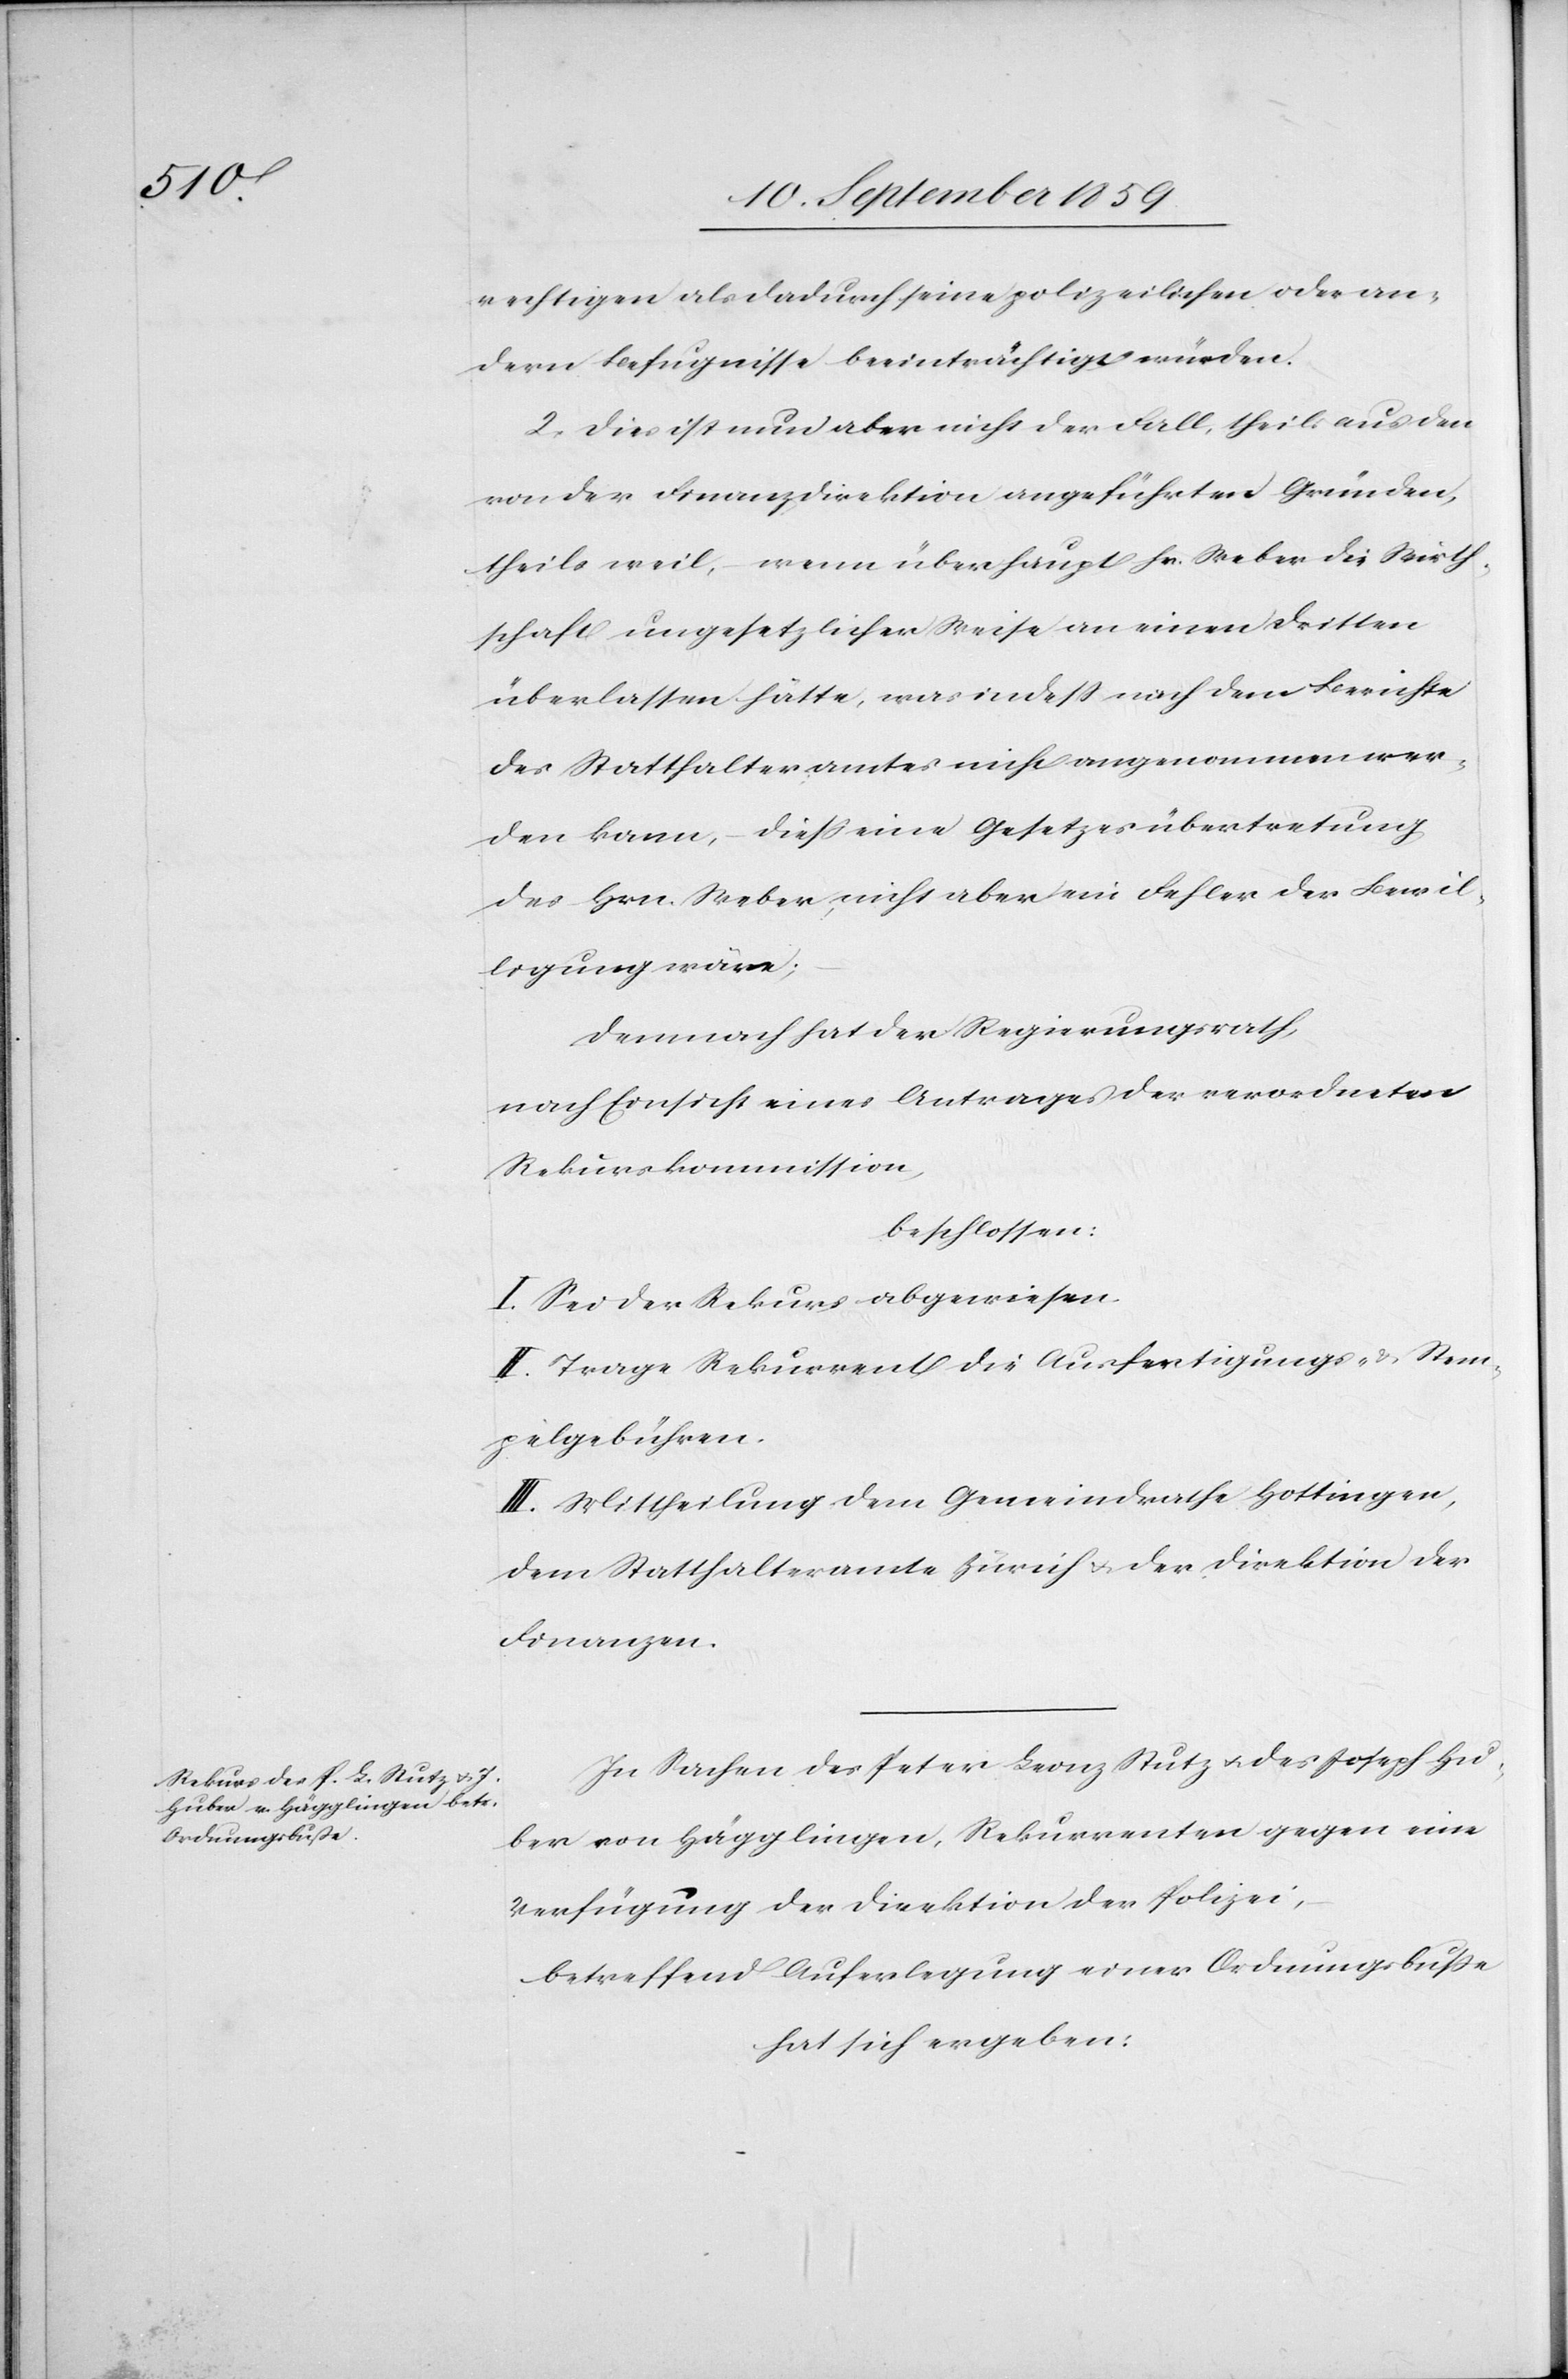
rechtigen als dadurch seine polizeilichen oder an¬
dern Befugnisse beeinträchtigt würden.
2. Dies ist nun aber nicht der Fall, theils aus den
von der Finanzdirektion angeführten Gründen,
theils weil, wenn überhaupt Hr. Weber die Wirth¬
schaft ungesetzlicher Weise an einen dritten
überlassen hätte, was indeß nach dem Berichte
des Statthalteramtes nicht angenommen wer¬
den kann, dieß eine Gesetzesübertretung
des Hrn. Weber, nicht aber ein Fehler der Bewil¬
ligung wäre;
Demnach hat der Regierungsrath,
nach Einsicht eines Antrages der verordneten
Rekurskommission,
beschlossen:
I. Sei der Rekurs abgewiesen.
II. Trage Rekurrent die Ausfertigungs- & Stem¬
pelgebühren.
III. Mittheilung dem Gemeindrathe Hottingen,
dem Statthalteramte Zürich & der Direktion der
Finanzen.
In Sachen des Peter Leonz Stutz & des Joseph Hu¬
ber von Hägglingen, Rekurrenten gegen eine
Verfügung der Direktion der Polizei,
betreffend Auferlegung einer Ordnungsbuße
hat sich ergeben: